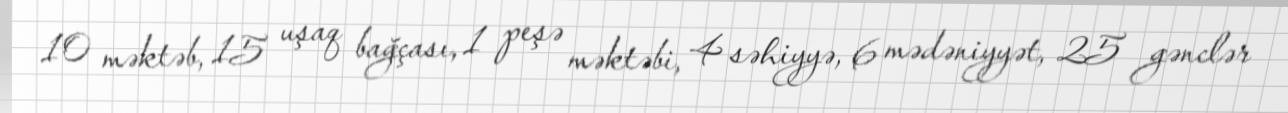
10 məktəb, 15 uşaq bağçası, 1 peşə məktəbi, 4 səhiyyə, 6 mədəniyyət, 25 gənclər